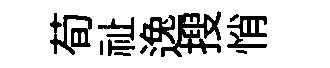
荀祉逸搜悄